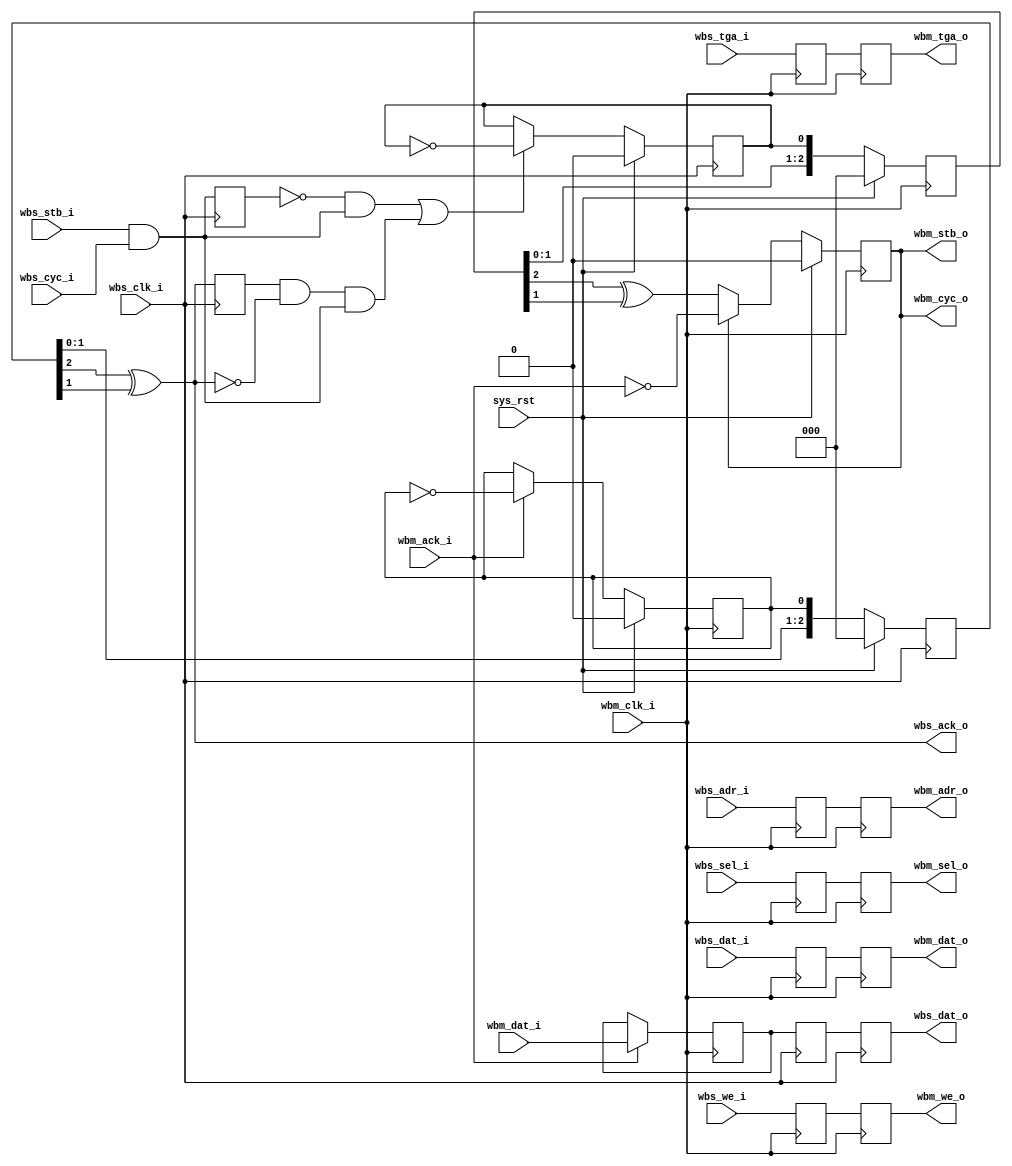
module wb_abrg_1 (
    input sys_rst,
    input             wbs_clk_i,
    input      [19:1] wbs_adr_i,
    input      [15:0] wbs_dat_i,
    output reg [15:0] wbs_dat_o,
    input      [ 1:0] wbs_sel_i,
    input             wbs_tga_i,
    input             wbs_stb_i,
    input             wbs_cyc_i,
    input             wbs_we_i,
    output            wbs_ack_o,
    input             wbm_clk_i,
    output reg [19:1] wbm_adr_o,
    output reg [15:0] wbm_dat_o,
    input      [15:0] wbm_dat_i,
    output reg [ 1:0] wbm_sel_o,
    output reg        wbm_tga_o,
    output            wbm_stb_o,
    output            wbm_cyc_o,
    output reg        wbm_we_o,
    input             wbm_ack_i
  );
  wire       wbs_stb;
  wire       init_tr;
  reg        wbm_stb;
  reg  [2:0] sync_stb;
  reg  [2:0] sync_ack;
  reg        ft_stb;
  reg        ft_ack;
  reg        stb_r;
  reg        ack_r;
  reg [19:1] wbm_adr_o_r;
  reg [15:0] wbm_dat_o_r;
  reg [ 1:0] wbm_sel_o_r;
  reg        wbm_tga_o_r;
  reg        wbm_we_o_r;
  reg [15:0] wbs_dat_o_r;
  reg [15:0] wbm_dat_i_r;
  assign wbs_stb = wbs_stb_i & wbs_cyc_i;
  assign wbs_ack_o = (sync_ack[2] ^ sync_ack[1]);
  assign wbm_stb_o = wbm_stb;
  assign wbm_cyc_o = wbm_stb;
  assign init_tr = ~stb_r & wbs_stb | ack_r & ~wbs_ack_o & wbs_stb;
  always @(posedge wbm_clk_i)
    wbm_stb <= sys_rst ? 1'b0
      : (wbm_stb ? ~wbm_ack_i : sync_stb[2] ^ sync_stb[1]);
  always @(posedge wbs_clk_i) stb_r <= wbs_stb;
  always @(posedge wbs_clk_i) ack_r <= wbs_ack_o;
  always @(posedge wbs_clk_i)
    ft_stb <= sys_rst ? 1'b0 : (init_tr ? ~ft_stb : ft_stb);
  always @(posedge wbm_clk_i)
    sync_stb <= sys_rst ? 3'h0 : {sync_stb[1:0], ft_stb};
  always @(posedge wbm_clk_i)
    ft_ack <= sys_rst ? 1'b0 : (wbm_ack_i ? ~ft_ack : ft_ack);
  always @(posedge wbs_clk_i)
    sync_ack <= sys_rst ? 3'h0 : {sync_ack[1:0], ft_ack};
  always @(posedge wbm_clk_i)
    {wbm_adr_o, wbm_adr_o_r} <= {wbm_adr_o_r, wbs_adr_i};
  always @(posedge wbm_clk_i)
    {wbm_dat_o, wbm_dat_o_r} <= {wbm_dat_o_r, wbs_dat_i};
  always @(posedge wbm_clk_i)
    {wbm_sel_o, wbm_sel_o_r} <= {wbm_sel_o_r, wbs_sel_i};
  always @(posedge wbm_clk_i)
    {wbm_we_o, wbm_we_o_r} <= {wbm_we_o_r, wbs_we_i};
  always @(posedge wbm_clk_i)
    {wbm_tga_o, wbm_tga_o_r} <= {wbm_tga_o_r, wbs_tga_i};
  always @(posedge wbm_clk_i)
    wbm_dat_i_r <= wbm_ack_i ? wbm_dat_i : wbm_dat_i_r;
  always @(posedge wbs_clk_i)
    {wbs_dat_o, wbs_dat_o_r} <= {wbs_dat_o_r, wbm_dat_i_r};
endmodule